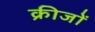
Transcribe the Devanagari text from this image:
क्रीजों